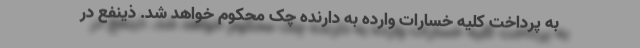
به پرداخت کلیه خسارات وارده به دارنده چک محکوم خواهد شد. ذینفع در